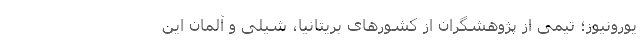
یورونیوز؛ تیمی از پژوهشگران از کشورهای بریتانیا، شیلی و آلمان این